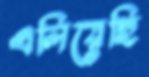
এলিয়েছি